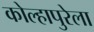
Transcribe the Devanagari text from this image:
कोल्हापुरेला